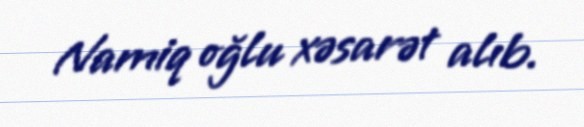
Namiq oğlu xəsarət alıb.